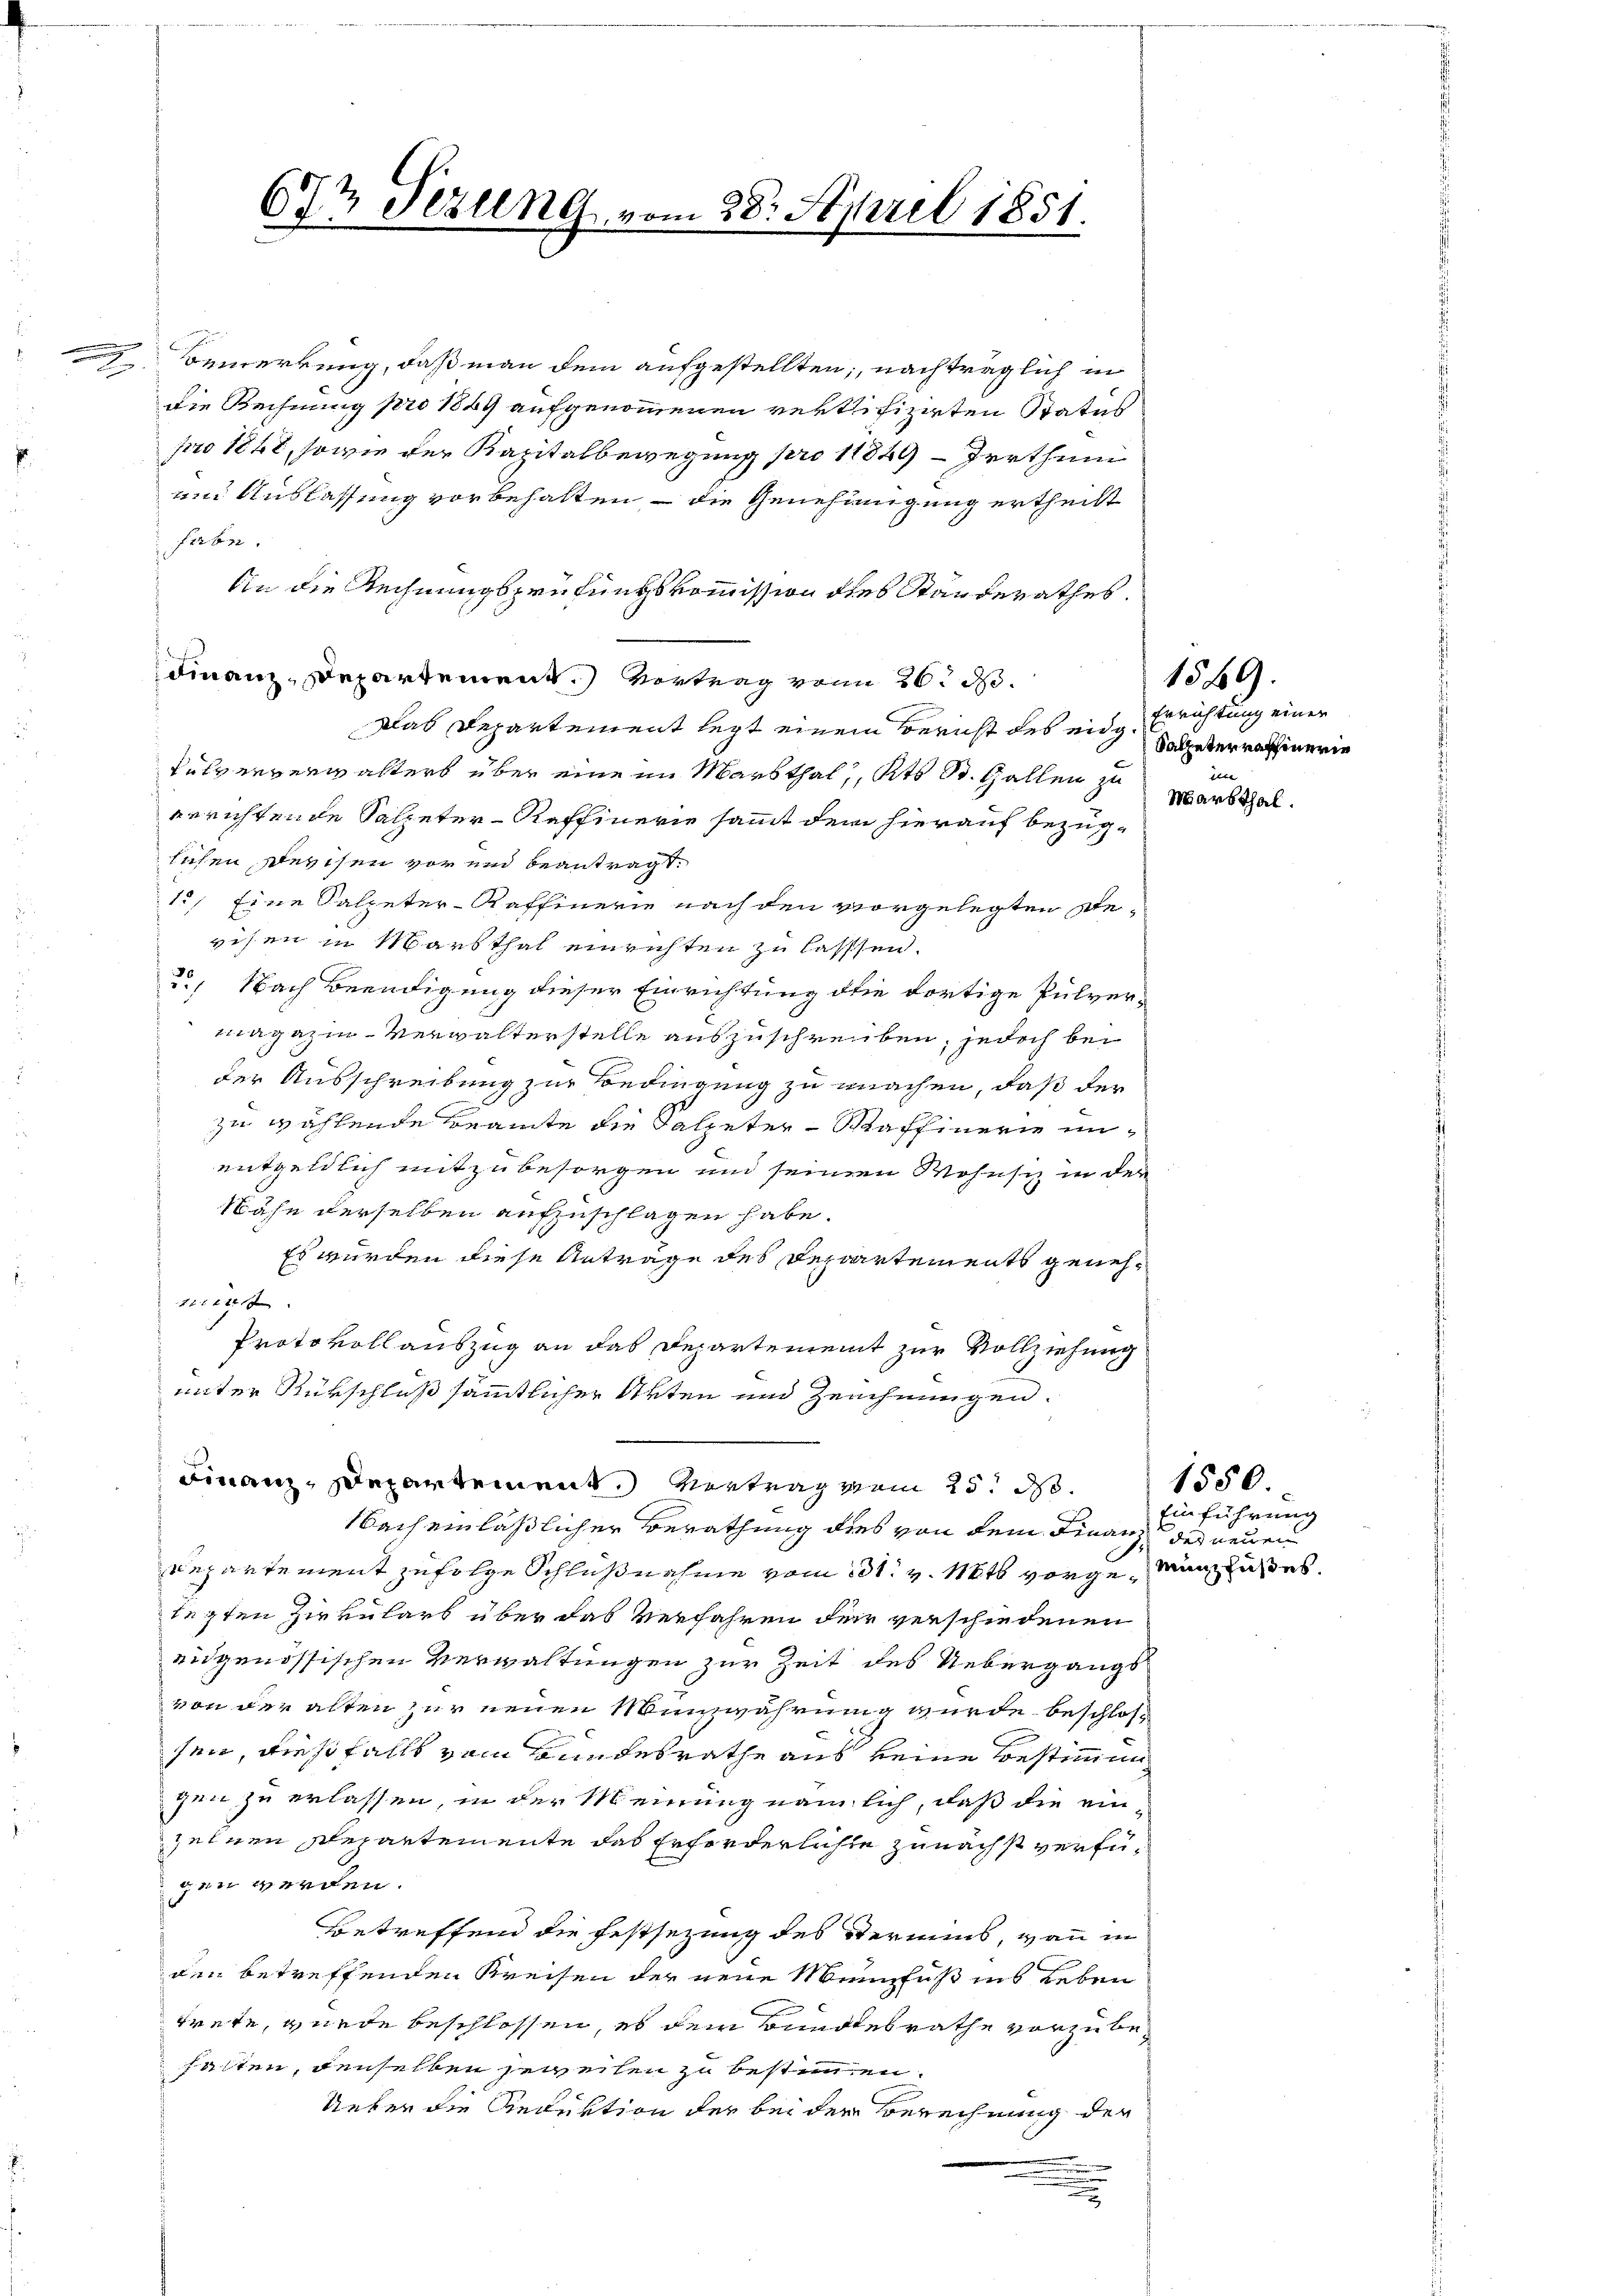
.

3

672 Sizung vom 28. April 1851.
.

Bemerkung, daß man dem aufgestellten; nachträglich in
die Rechnung pro 1849 aufgenommenen vertifizirten Status
pro 1848, sowie der Kapitalbewegung pro 11849 – Irrthum
um Auslassung vorbehalten – die Genehmigung ertheilt
farbn.
An die Rechnungsprüfungskommission des Ständerathes.
Finanz-Departement.) Vortrag von 26. d.
Das Departement lezt einem Bericht des eidg¬
Pulververwalters über eine im Markthal, Kts. St. Gallen zu
errichtende Salpeter-Raffinerie sammt dem hierauf bezüglichen Devisen vor und beantragt.
1.) Eine Salpeter-Raffinerie nach den vorgelegten stevisen in Marsthal einrichten zu lasssen.
., Nach Beendigung dieser Einrichtung die dortige Pulver-
magazin-Verwalterstelle auszuschreiben, jedoch bei
der Ausschreibung zur Bedingung zu machen, daß der
zu wählende Beamte die Salpeter-Waffinerie unentgeldlich mitzubesorgen um seinen Wohnsit in der
Nähe derselben aufzuschlagen habe.
Es wurden diese Anträge des Departements geneh¬
1124 f
Protokollauszug an das Departement zur Vollziehung
unter Rükschluß sämmtlicher Akten und Zeichnungen.
Finanz-Departement. Vertrag vom 25. d.
Nach einläßlicher Berathung des von dem Finanz des neuen
Repartement zufolge Schlußnahme vom 31. v. Mts. vorge Manzzustellegten Zirkulars über das Verfahren der verschiedenen
eidgenössischen Verwaltungen zur Zeit des Uebergangs
von der alten zur neuen Münzwährung wurde beschlossen, dießfalls vom Bundesrathe aus keine Bestimmungen zu erlassen, in der Meinung nämlich, daß die ein-
zelnen Repartemente das Erforderlichte zunächst verfügen werden.
Betreffend die Festsezung des Vermes, wann in
uin betreffenden Kreisen der neue Meinsfuß ins Leben
trete, wurde beschlossen, es dem Bundesrathe vorzubehalten, denselben jeweilen zu bestimmen.
Ueber die Reduktion der bei der Berechnung der
.

Errichtung einer
Salpeter raffenerie
ibe
Markthal.

1549).

Einführung

1550.